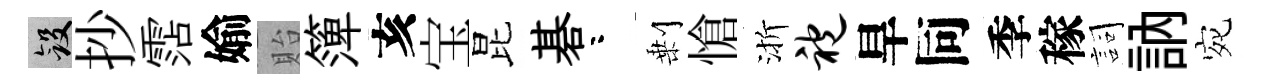
斂抄霑媮貽𥱼亥宝昆碁咯剰愴渐袍旱同季稼詞訥宛